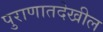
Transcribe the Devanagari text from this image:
पुराणातदेखील